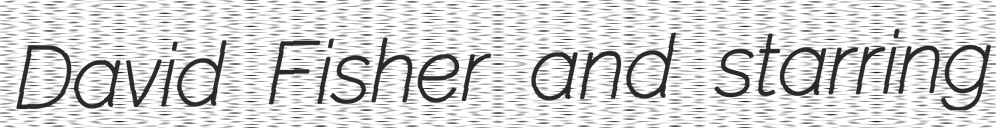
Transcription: David Fisher and starring